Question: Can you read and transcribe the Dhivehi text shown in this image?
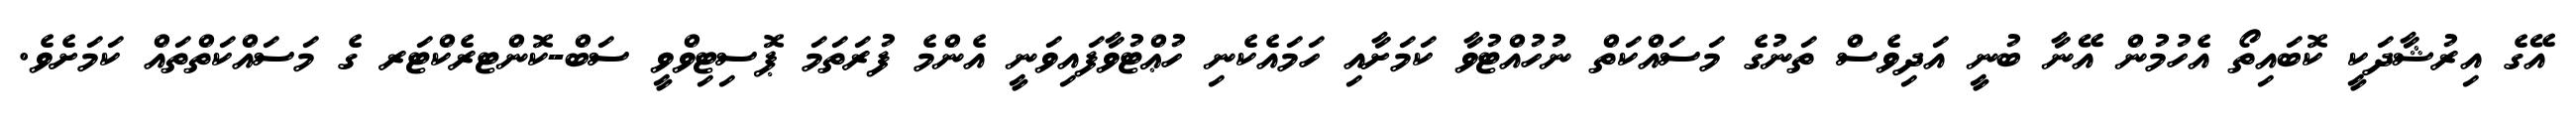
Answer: އޭގެ އިރުޝާދަކީ ކޮބައިތޯ އެހުމުން އޭނާ ބުނީ އަދިވެސް ތަނުގެ މަސައްކަތް ނުހުއްޓުވާ ކަމަށާއި ހަމައެކެނި ހުޢްޓުވާފައިވަނީ އެންމެ ފުރަތަމަ ޕޮސިޓިވްވީ ސަބް-ކޮންޓރެކްޓަރ ގެ މަސައްކަތްތައް ކަމަށެވެ.